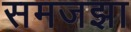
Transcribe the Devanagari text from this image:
समजझा